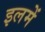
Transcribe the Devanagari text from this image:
इलमें